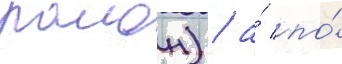
раион) / а́ по́